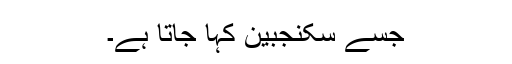
جسے سکنجبین کہا جاتا ہے۔